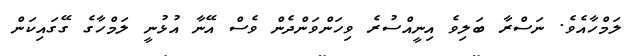
ލަމްހާއެވެ. ނަސްރާ ބަލިވެ އިނީއްސުރެ ވިހަންވަންދެން ވެސް އޭނާ އުޅުނީ ލަމްހާގެ ގޭގައިކަން